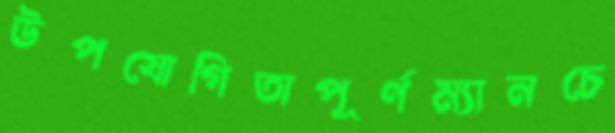
উপযোগিতাপূর্ণম্যানচে